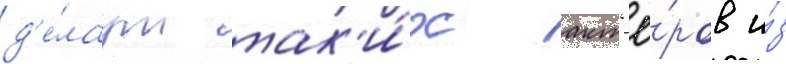
д'е́лаут так'и́х акт'ё́ров и́з